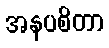
အနပစိတာ